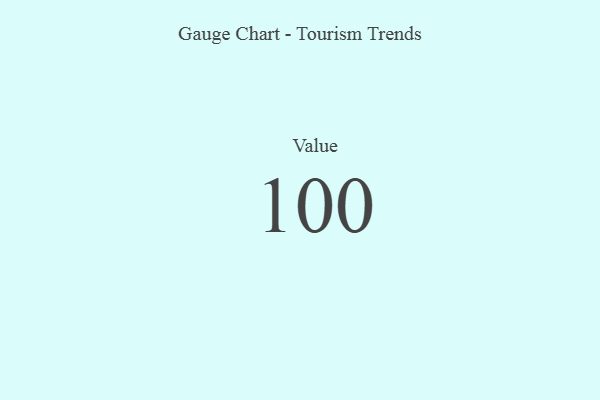
{"axis": {"x": "Metric", "y": "Value"}, "legend": [""], "data": [{"x": "Value", "y": 100, "type": ""}]}